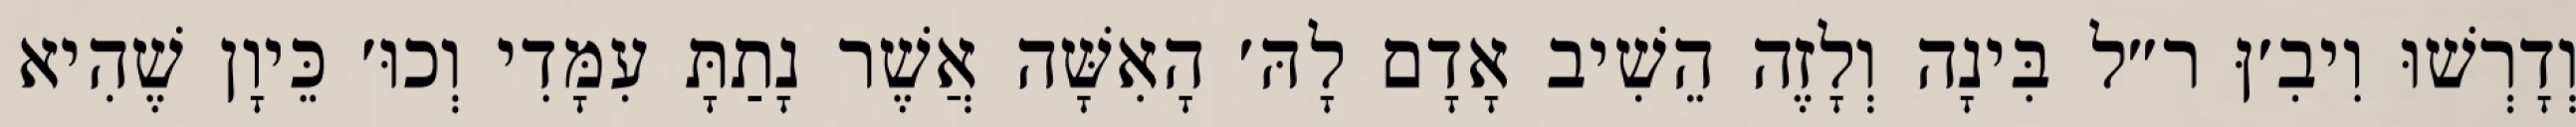
וְדָרְשׁוּ וִיבִ׳ןּ ר״ל בִּינָה וְלָזֶה הֵשִׁיב אָדָם לָהּ׳ הָאִשָּׁה אֲשֶׁר נָתַתָּ עִמָּדִי וְכוּ׳ כֵּיוָן שֶׁהִיא